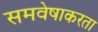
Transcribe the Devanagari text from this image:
समवेषाकरता